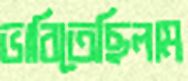
ভাবিতেছিলাম